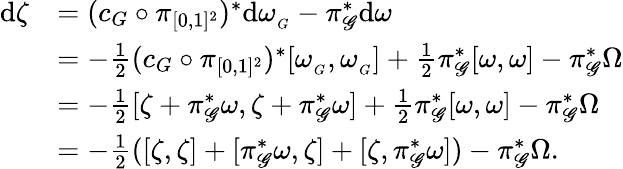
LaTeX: \begin{array}{rl}{\mathrm{d}\zeta}&{=(c_{G}\circ\pi_{[0,1]^{2}})^{*}\mathrm{d}\omega_{_{G}}-\pi_{\mathscr{G}}^{*}\mathrm{d}\omega}\\ &{=-\frac{1}{2}(c_{G}\circ\pi_{[0,1]^{2}})^{*}[\omega_{_{G}},\omega_{_{G}}]+\frac{1}{2}\pi_{\mathscr{G}}^{*}[\omega,\omega]-\pi_{\mathscr{G}}^{*}\Omega}\\ &{=-\frac{1}{2}[\zeta+\pi_{\mathscr{G}}^{*}\omega,\zeta+\pi_{\mathscr{G}}^{*}\omega]+\frac{1}{2}\pi_{\mathscr{G}}^{*}[\omega,\omega]-\pi_{\mathscr{G}}^{*}\Omega}\\ &{=-\frac{1}{2}([\zeta,\zeta]+[\pi_{\mathscr{G}}^{*}\omega,\zeta]+[\zeta,\pi_{\mathscr{G}}^{*}\omega])-\pi_{\mathscr{G}}^{*}\Omega.}\end{array}